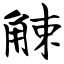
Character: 觫